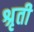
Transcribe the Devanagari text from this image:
श्रृती